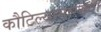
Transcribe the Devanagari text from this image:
कौटिल्यासारख्या